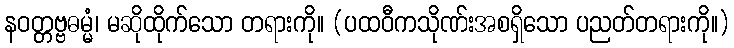
နဝတ္တဗ္ဗဓမ္မံ၊ မဆိုထိုက်သော တရားကို။ (ပထဝီကသိုဏ်းအစရှိသော ပညတ်တရားကို။)